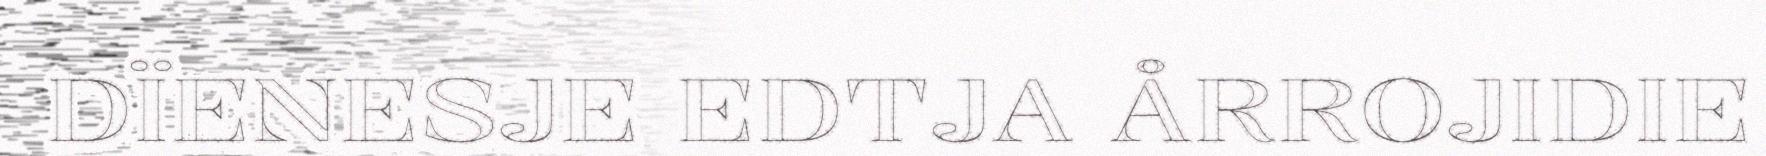
DÏENESJE EDTJA ÅRROJIDIE